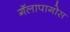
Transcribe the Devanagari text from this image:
गॅलापागोस